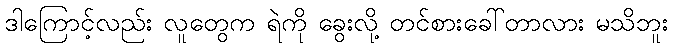
ဒါကြောင့်လည်း လူတွေက ရဲကို ခွေးလို့ တင်စားခေါ်တာလား မသိဘူး